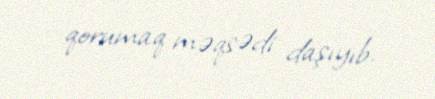
qorumaq məqsədi daşıyıb.